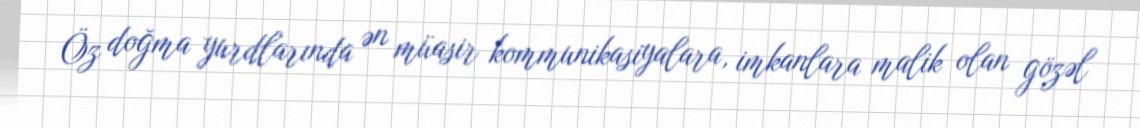
Öz doğma yurdlarında ən müasir kommunikasiyalara, imkanlara malik olan gözəl